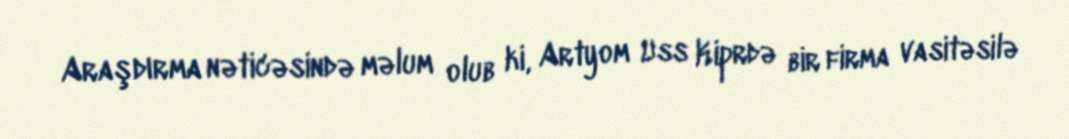
Araşdırma nəticəsində məlum olub ki, Artyom Uss Kiprdə bir firma vasitəsilə